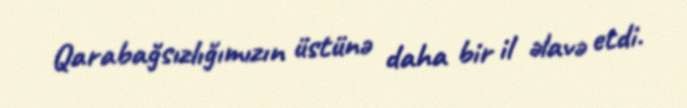
Qarabağsızlığımızın üstünə daha bir il əlavə etdi.